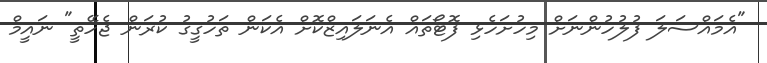
"އެމައްސަލަ ފުލުހުންނަށް މިހުށަހެޅި ފޮޓޯތައް އެނަލައިޒްކޮށް އެކަން ތަހުގީގު ކުރަން ޖެހޭތީ" ނައީމް